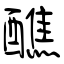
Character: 醮